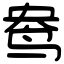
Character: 鸯